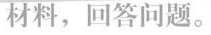
材料，回答问题。